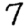
Digit: 7